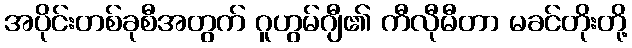
အပိုင်းတစ်ခုစီအတွက် ဂူဟွမ်ဂျီ၏ ကီလီုမီတာ မခင်တိုးတို့